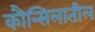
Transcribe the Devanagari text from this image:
कौन्सिलातील